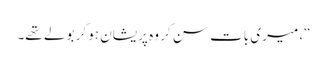
“، میری بات سن کر وہ پریشان ہو کر بولے تھے۔